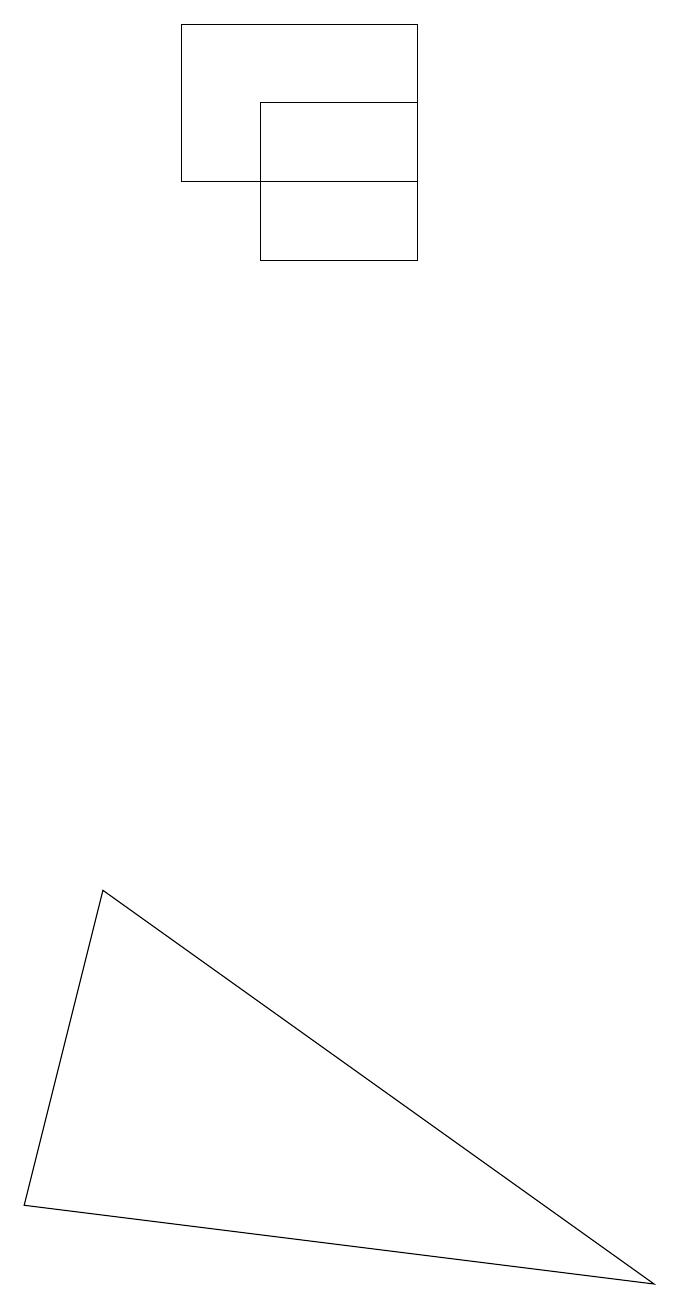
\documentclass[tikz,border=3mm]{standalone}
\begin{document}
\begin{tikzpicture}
\draw (9,0) -- (1,1) -- (2,5) -- cycle;
\draw (4,15) rectangle (6,13);
\draw (6,16) rectangle (3,14);
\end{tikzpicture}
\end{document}